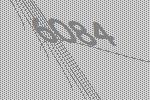
6084